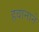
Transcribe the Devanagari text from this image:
हवानाने